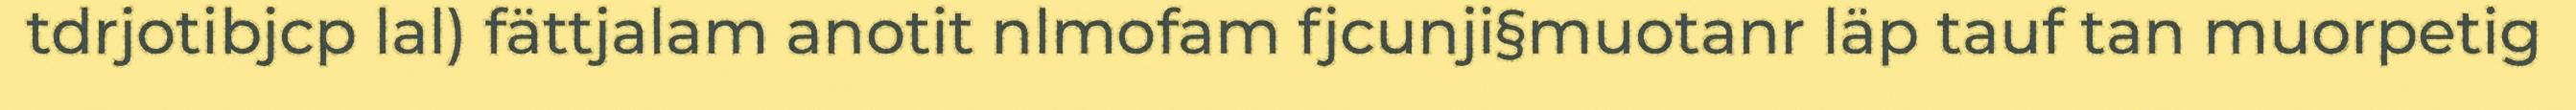
tdrjotibjcp lal) fättjalam anotit nlmofam fjcunji§muotanr läp tauf tan muorpetig